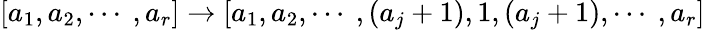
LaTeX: [a_{1},a_{2},\cdots~,a_{r}]\rightarrow[a_{1},a_{2},\cdots~,(a_{j}+1),1,(a_{j}+1),\cdots~,a_{r}]